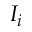
I _ { i }